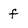
Character: f